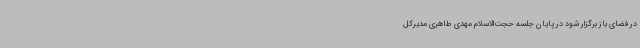
در فضای باز برگزار شود در پایان جلسه حجت‌الاسلام مهدی طاهری مدیرکل